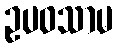
ဥပဝသာမ